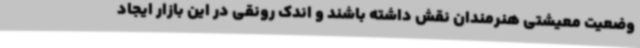
وضعیت معیشتی هنرمندان نقش داشته باشند و اندک رونقی در این بازار ایجاد